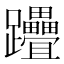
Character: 𨈈